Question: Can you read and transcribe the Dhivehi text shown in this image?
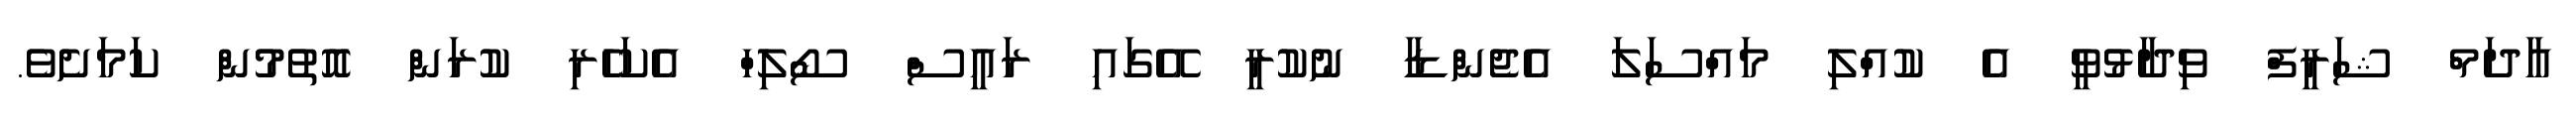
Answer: އާދަމް ޝަރީފް ވިދާޅުވީ އެ ކުއްލި މައްސަލަ އެޖެންޑާ ނުކުރީ އޭގައި ރައީސް ސޯލިހް އެކަހެރި ކުރަން އޮތުމުން ކަމަށެވެ.